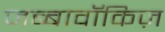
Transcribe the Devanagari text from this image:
जब्बावॉकिज़